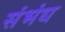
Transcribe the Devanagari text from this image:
संभंध